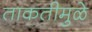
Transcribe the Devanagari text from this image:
ताकतीमुळे